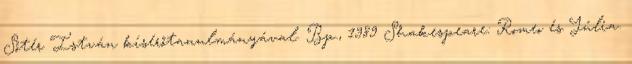
Sőtér István kísérőtanulmányával. Bp., 1989 Shakespeare: Romeo és Júlia.